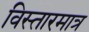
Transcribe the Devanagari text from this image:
विस्तारमात्र